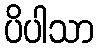
ပိပါသာ